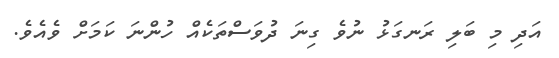
އަދި މި ބަލި ރަނގަޅު ނުވެ ގިނަ ދުވަސްތަކެއް ހުންނަ ކަމަށް ވެއެވެ.